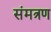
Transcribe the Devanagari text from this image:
संमत्रण